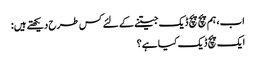
اب، ہم پچ پچ ڈیک جیتنے کے لئے کس طرح دیکھتے ہیں:
ایک پچ ڈیک کیا ہے؟